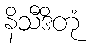
နိသီဒိတုံ